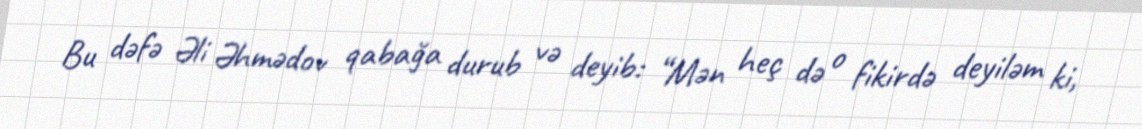
Bu dəfə Əli Əhmədov qabağa durub və deyib: “Mən heç də o fikirdə deyiləm ki,